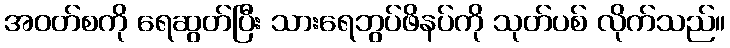
အဝတ်စကို ရေဆွတ်ပြီး သားရေဘွပ်ဖိနပ်ကို သုတ်ပစ် လိုက်သည်။